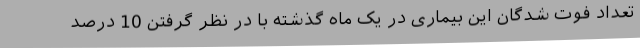
تعداد فوت شدگان این بیماری در یک ماه گذشته با در نظر گرفتن 10 درصد